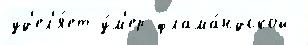
уд'ел'я́ет у́м'ер флама́ндской